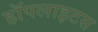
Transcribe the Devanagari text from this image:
हॉपलाइटस